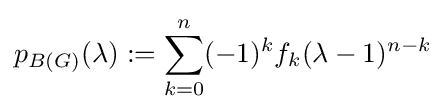
p_{B(G)}(\lambda ):=\sum _{k=0}^{n}(-1)^{k}f_{k}(\lambda -1)^{n-k}